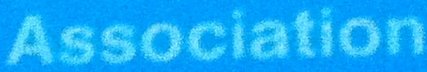
Association